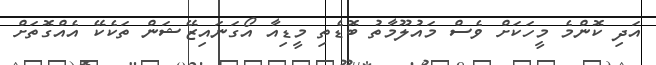
އަދި ކޮންމެ މީހަކަށް ވެސް މައުލޫމާތު ބޮޑެތި މީޑިއާ އޯގަނައިޒޭޝަން ތަކެކޭ އެއްގޮތަށް